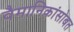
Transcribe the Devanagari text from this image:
वैमानिकांसोबत